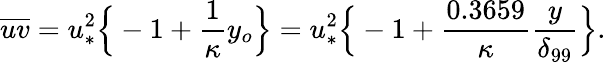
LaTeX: \overline{{uv}}=u_{*}^{2}\Big\{ -1+\frac{1}{\kappa}y_{o}\Big\} =u_{*}^{2}\Big\{ -1+\frac{0.3659}{\kappa}\frac{y}{\delta_{99}}\Big\} .